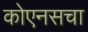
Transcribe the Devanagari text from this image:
कोएनसचा